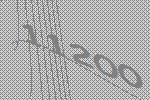
11200